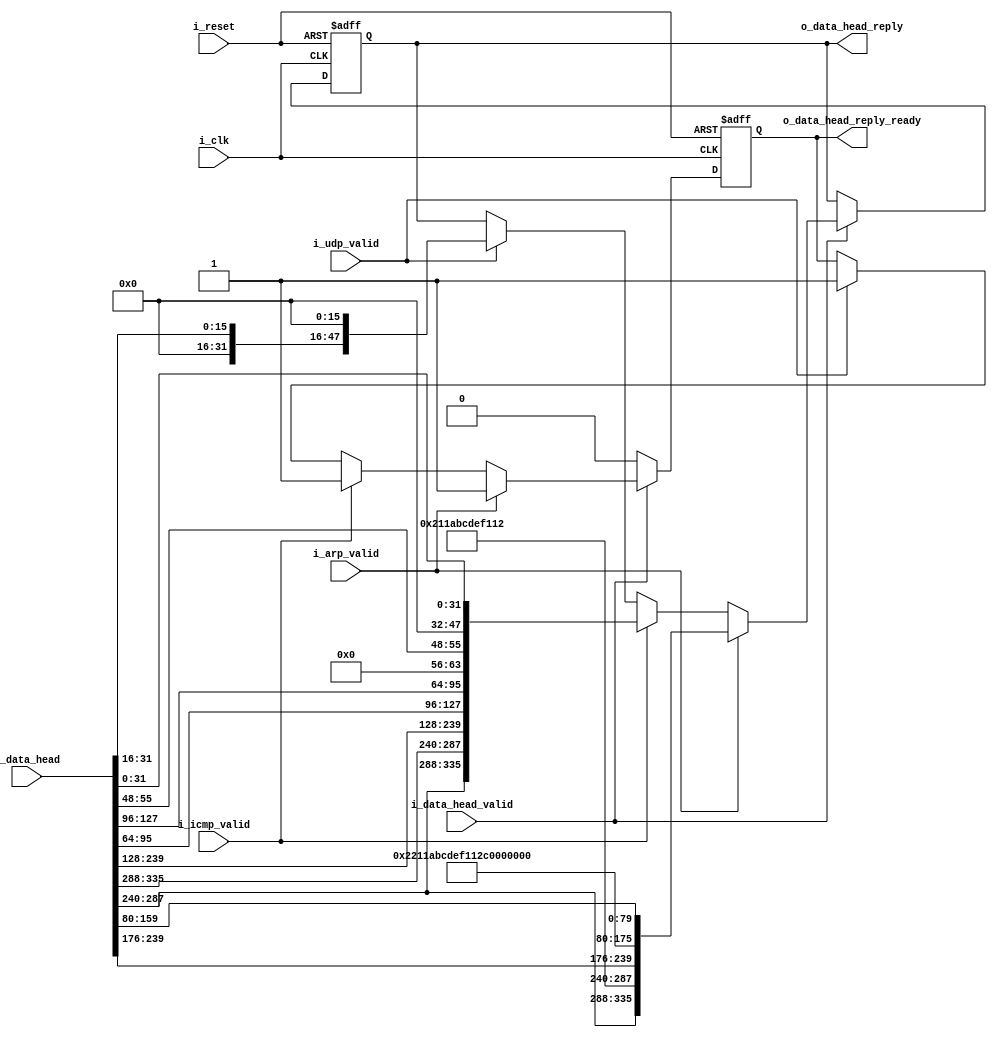
module ethernet_head_reply_builder #(parameter FPGA_MAC = 48'h211abcdef112, parameter FPGA_IP = 32'hC0000186, parameter UDP_port_dst = 16'h0000) (
	input 					i_clk,
	input 					i_reset,
	
	input					i_arp_valid,
	input					i_icmp_valid,
	input					i_udp_valid,
	input					i_data_head_valid,
	input		[42*8-1:0]	i_data_head,
	
	output reg 	[42*8-1:0] 	o_data_head_reply,
	output reg				o_data_head_reply_ready
);
	initial begin
		o_data_head_reply		<= 0;
		o_data_head_reply_ready	<= 0;
	end
	
	always @(posedge i_clk, posedge i_reset) begin
		if (i_reset) begin
			o_data_head_reply					<= 0;
			o_data_head_reply_ready				<= 0;
		end else if (i_data_head_valid) begin
			if (i_arp_valid) begin
				o_data_head_reply <=           {i_data_head[36*8-1:30*8] /*MAC_DST*/, FPGA_MAC /*MAC_SRC*/, i_data_head[30*8-1:28*8], 
												i_data_head[28*8-1:26*8], i_data_head[26*8-1:24*8], i_data_head[24*8-1:23*8], 
												i_data_head[23*8-1:22*8], 16'h0002 /*OPER*/, FPGA_MAC /*SHA*/, FPGA_IP /*SPA*/,
												i_data_head[20*8-1:14*8] /*THA*/, i_data_head[14*8-1:10*8] /*TPA*/};
										//     {{i_data_head[31*8-1:30*8], i_data_head[32*8-1:31*8], i_data_head[33*8-1:32*8], 
										//       i_data_head[34*8-1:33*8], i_data_head[35*8-1:34*8], i_data_head[36*8-1:35*8]} /*MAC_DST*/, 
										//      {FPGA_MAC[1*8-1:0], FPGA_MAC[2*8-1:1*8], FPGA_MAC[3*8-1:2*8], 
                                        //       FPGA_MAC[4*8-1:3*8], FPGA_MAC[5*8-1:4*8], FPGA_MAC[6*8-1:5*8]} /*FPGA_MAC*/, 
										//      i_data_head[29*8-1:28*8], i_data_head[30*8-1:29*8],
                                        //      i_data_head[27*8-1:26*8], i_data_head[28*8-1:27*8],
                                        //      i_data_head[25*8-1:24*8], i_data_head[26*8-1:25*8],
                                        //      i_data_head[24*8-1:23*8], 
                                        //      i_data_head[23*8-1:22*8], 
                                        //      16'h0200 /*OPER*/, 
                                        //      {FPGA_MAC[1*8-1:0], FPGA_MAC[2*8-1:1*8], FPGA_MAC[3*8-1:2*8], 
                                        //       FPGA_MAC[4*8-1:3*8], FPGA_MAC[5*8-1:4*8], FPGA_MAC[6*8-1:5*8]} /*SHA*/, 
                                        //      {FPGA_IP[1*8-1:0], FPGA_IP[2*8-1:1*8], FPGA_IP[3*8-1:2*8], FPGA_IP[4*8-1:3*8]} /*SPA*/,
                                        //      {i_data_head[15*8-1:14*8], i_data_head[16*8-1:15*8], i_data_head[17*8-1:16*8], 
                                        //       i_data_head[18*8-1:17*8], i_data_head[19*8-1:18*8], i_data_head[20*8-1:19*8]} /*THA*/,
                                        //        {i_data_head[11*8-1:10*8], i_data_head[12*8-1:11*8], i_data_head[13*8-1:12*8], i_data_head[14*8-1:13*8]} /*TPA*/ }; 
				o_data_head_reply_ready 		<= 1;
			end else if (i_icmp_valid) begin
				o_data_head_reply 				<= {i_data_head[36*8-1:30*8] /*MAC_DST*/, i_data_head[42*8-1:36*8] /*MAC_SRC*/, i_data_head[30*8-1:28*8], 
													i_data_head[28*8-1:27*8+4], i_data_head[28*8-5:27*8], i_data_head[27*8-1:26*8+6], 
													i_data_head[27*8-3:26*8], i_data_head[26*8-1:24*8], i_data_head[24*8-1:22*8], 
													i_data_head[22*8-1:20*8+13], i_data_head[22*8-4:20*8], i_data_head[20*8-1:19*8], 
													i_data_head[19*8-1:18*8], i_data_head[18*8-1:16*8], i_data_head[12*8-1:8*8] /*IP_SRC*/, 
													i_data_head[16*8-1:12*8] /*IP_DST*/, 8'h00, i_data_head[7*8-1:6*8], 16'h0000 /*icmp_header_checksum*/, 
													i_data_head[4*8-1:0]};
				o_data_head_reply_ready 		<= 1;
			end else if (i_udp_valid) begin
				o_data_head_reply 				<= {i_data_head[36*8-1:30*8] /*MAC_DST*/, i_data_head[42*8-1:36*8] /*MAC_SRC*/, i_data_head[30*8-1:28*8], 
													i_data_head[28*8-1:27*8+4], i_data_head[28*8-5:27*8], i_data_head[27*8-1:26*8+6], 
													i_data_head[27*8-3:26*8], i_data_head[26*8-1:24*8], i_data_head[24*8-1:22*8], 
													i_data_head[22*8-1:20*8+13], i_data_head[22*8-4:20*8], i_data_head[20*8-1:19*8], 
													i_data_head[19*8-1:18*8], i_data_head[18*8-1:16*8], i_data_head[12*8-1:8*8] /*IP_SRC*/, 
													i_data_head[16*8-1:12*8] /*IP_DST*/, i_data_head[6*8-1:4*8] /*SRC_PORT*/, UDP_port_dst /*i_data_head[8*8-1:6*8]*/ /*DST_PORT*/, 
													i_data_head[4*8-1:2*8], 16'h0000 /*udp_header_checksum*/};
				o_data_head_reply_ready 		<= 1;
			end else;
		end else o_data_head_reply_ready 		<= 0;
	end
endmodule